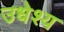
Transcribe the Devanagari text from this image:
उधेश्य